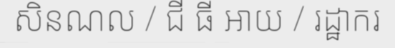
សិនណល / ជី ធី អាយ / រដ្ឋាករ